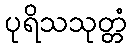
ပုရိသသုတ္တံ